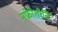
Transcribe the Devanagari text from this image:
नफ्रोेतीति